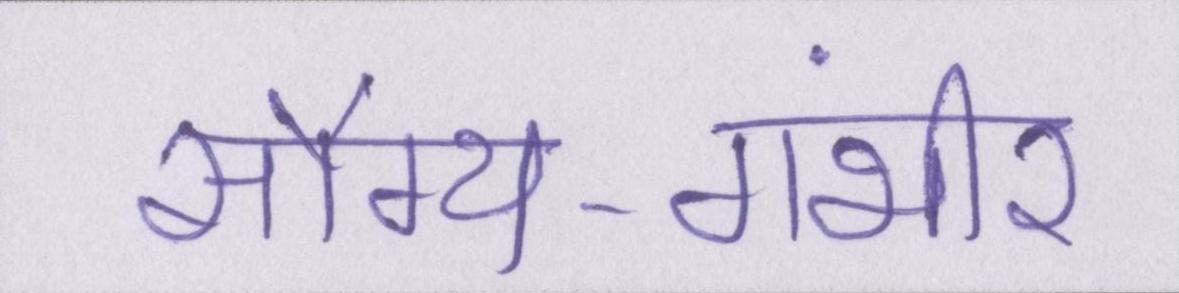
सौम्य-गंभीर